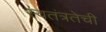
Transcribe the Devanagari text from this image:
स्वतंत्रतेची